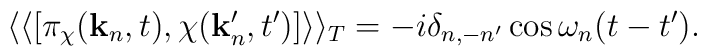
\langle \langle [ \pi_{\chi}({\bf k}_n,t), \chi({\bf k}'_n,t') ]\rangle \rangle_T =-i\delta_{n,-n'} \cos \omega_n(t-t').